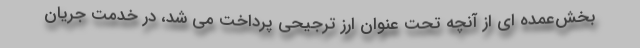
بخش‌عمده ای از آنچه تحت عنوان ارز ترجیحی پرداخت می شد، در خدمت جریان